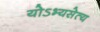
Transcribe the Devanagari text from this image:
योऽभ्यसेत्य